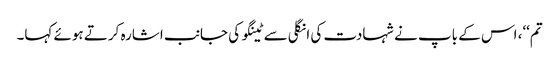
تم‘‘، اس کے باپ نے شہادت کی انگلی سے ٹینگو کی جانب اشارہ کرتے ہوئے کہا۔